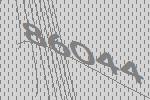
86044